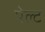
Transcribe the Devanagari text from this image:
पेल्ट